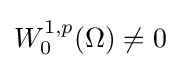
{\textstyle W_{0}^{1,p}(\Omega )\neq 0}